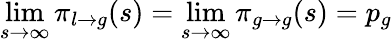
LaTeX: \operatorname*{lim}_{s\to\infty}\pi_{l\to g}(s)=\operatorname*{lim}_{s\to\infty}\pi_{g\to g}(s)=p_{g}